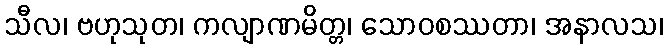
သီလ၊ ဗဟုသုတ၊ ကလျာဏမိတ္တ၊ သောဝစဿတာ၊ အနာလသ၊